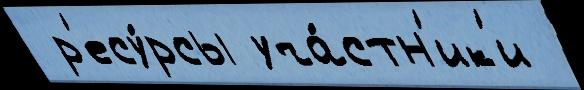
 р'есу́рсы уча́стн'ик'и